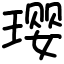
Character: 璎